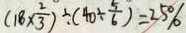
( 1 8 \times \frac { 2 } { 3 } ) \div ( 4 0 \div \frac { 5 } { 6 } ) = 2 5 \%